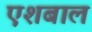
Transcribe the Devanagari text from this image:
एशबाल